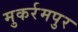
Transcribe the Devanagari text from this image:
मुकर्रमपुर